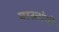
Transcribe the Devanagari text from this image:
बास्तोनी